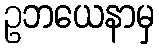
ဥဘယေနာမှ